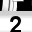
Digit: 2